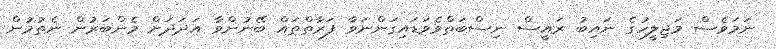
ނަމަވެސް މަޖިލީހުގެ ނައިބު ރައީސް ނިސްބަތްވެވަޑައިގަންނަވާ ފަރާތްތައް ބޭނުންވާ އަދަދަށް މެންބަރުން ނެތުމުން